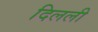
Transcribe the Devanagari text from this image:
दिलली